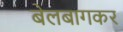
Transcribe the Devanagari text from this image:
बेलबागकर